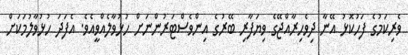
ވެރިކަމުގެ ފަހުކޮޅު އޭނާ ދިވެހިރާއްޖޭގެ ވިޔަފާރި ބޭރުގެ އިންވެސްޓަރުންނަށް ހުޅުވާލެއްވީއެވެ. އެފަދަ ހުޅުވާލުމަކަށް